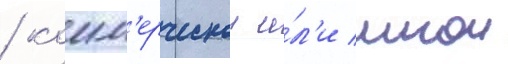
/ комм'ерческои и́л'и инои